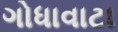
ગોધાવાટા